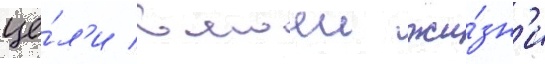
це́л'и в моеи жи́зн'и